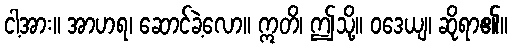
ငါ့အား။ အာဟရ၊ ဆောင်ခဲ့လော။ ဣတိ၊ ဤသို့။ ဝဒေယျ၊ ဆိုရာ၏။